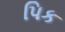
પિક